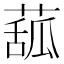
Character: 𦸈